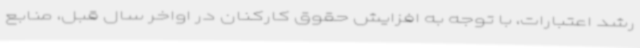
رشد اعتبارات، با توجه به افزایش حقوق کارکنان در اواخر سال قبل، منابع